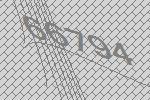
66794